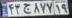
۴۳ج۸۷۷۱۹